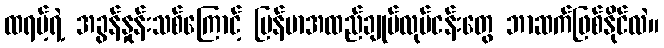
ထရမ့်ရဲ့ အခွန်နှုန်းသစ်ကြောင့် မြန်မာအထည်ချုပ်လုပ်ငန်းတွေ ဘာဆက်ဖြစ်နိုင်လဲ။